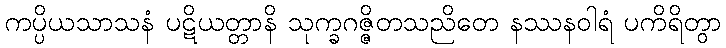
ကပ္ပိယသာသနံ ပဋိယတ္တာနိ သုက္ခဂဇ္ဇိတသညိတေ နဿနဝါရံ ပကိရိတွာ